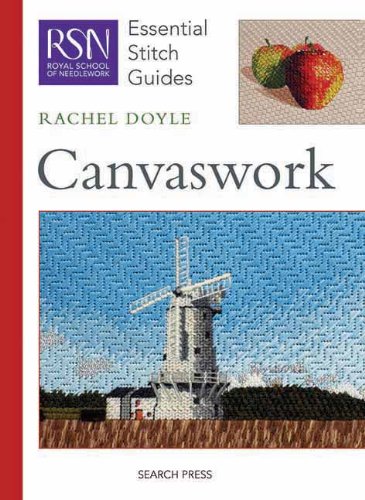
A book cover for Canvaswork (Essential Stitch Guides); Rachel Doyle; Crafts, Hobbies & Home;